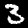
Digit: 3